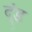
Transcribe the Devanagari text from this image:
द्ंड